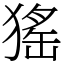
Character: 猺